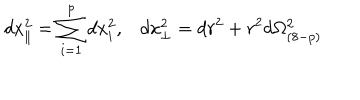
LaTeX: d x _ { \parallel } ^ { 2 } = \sum _ { i = 1 } ^ { p } d x _ { i } ^ { 2 } , d x _ { \perp } ^ { 2 } = d r ^ { 2 } + r ^ { 2 } d \Omega _ { ( 8 - p ) } ^ { 2 }